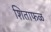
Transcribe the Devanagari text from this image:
शिताफळ